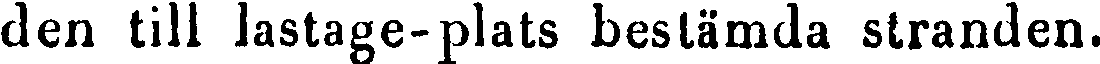
den till lastage-plats bestämda stranden.